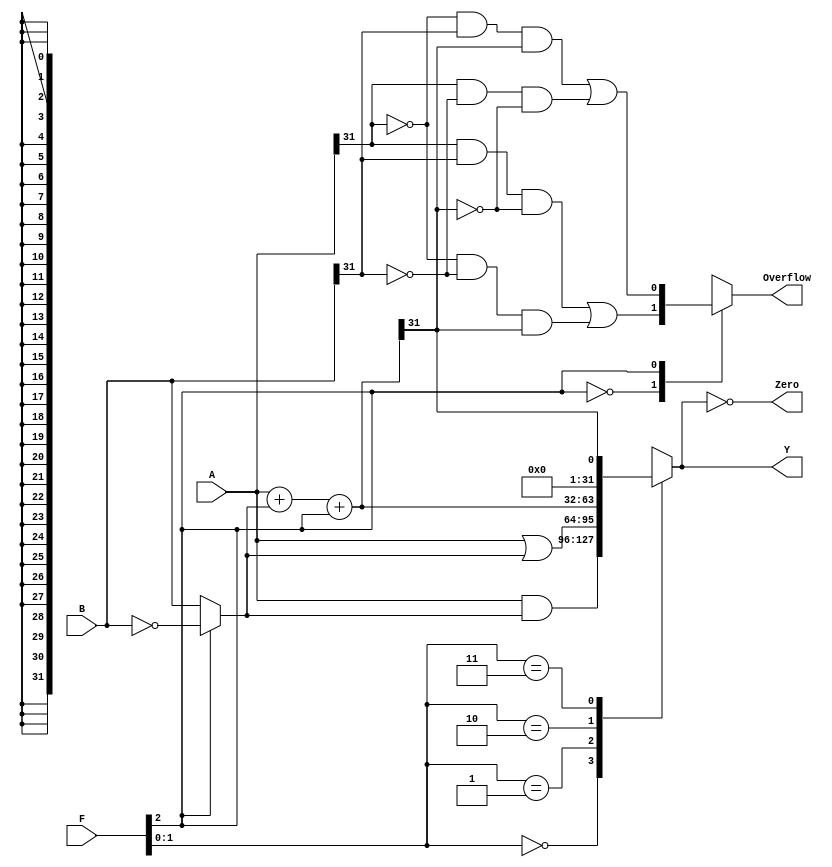
module ALU_32bit (
    input [31:0] A,
    input [31:0] B,
    input [2:0] F,
    output reg [31:0] Y,
    output wire Zero,
    output reg Overflow);
wire [31:0] S, Bout;

assign Bout = F[2] ? ~B : B;
assign S = A + Bout + F[2];

always @ (*) begin 
case (F[1:0])
	 2'b00: Y <= A & Bout;
	 2'b01: Y <= A | Bout;
	 2'b10: Y <= S;
	 2'b11: Y <= S[31];
endcase
end

assign Zero = (Y == 32'b0); 

always @ (*) begin
case (F[2])
	1'b0: Overflow <= A[31] & B[31] & ~S[31] |
							~A[31] & ~B[31] & S[31];
	1'b1: Overflow <= ~A[31] & B[31] & S[31] | 
							A[31] & ~B[31] & ~S[31];
	default: Overflow <= 1'b0;
endcase
end
endmodule